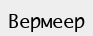
Вермеер